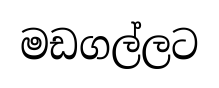
මඩගල්ලට